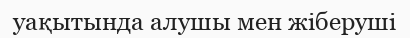
уақытында алушы мен жіберуші